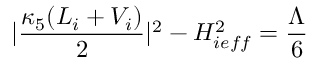
| \frac { \kappa _ { 5 } ( { \cal L } _ { i } + V _ { i } ) } { 2 } | ^ { 2 } - H _ { i e f f } ^ { 2 } = \frac { \Lambda } { 6 }